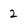
Character: 2